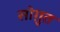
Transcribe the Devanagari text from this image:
सोग़ुत